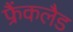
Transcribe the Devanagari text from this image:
फ्रैंकलैड